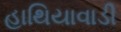
હાથિયાવાડી